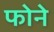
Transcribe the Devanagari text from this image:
फोने